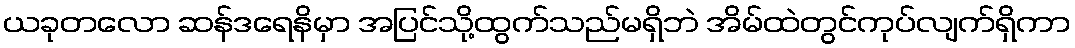
ယခုတလော ဆန်ဒရေနိမှာ အပြင်သို့ထွက်သည်မရှိဘဲ အိမ်ထဲတွင်ကုပ်လျက်ရှိကာ